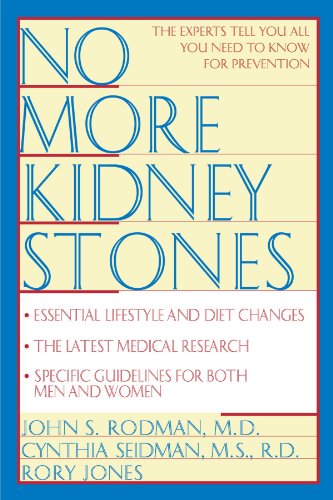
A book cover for No More Kidney Stones; John S. Rodman MD; Health, Fitness & Dieting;